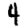
Digit: 4